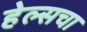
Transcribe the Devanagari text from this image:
हेल्सचा